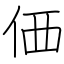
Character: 価